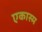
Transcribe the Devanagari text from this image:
एकास्म